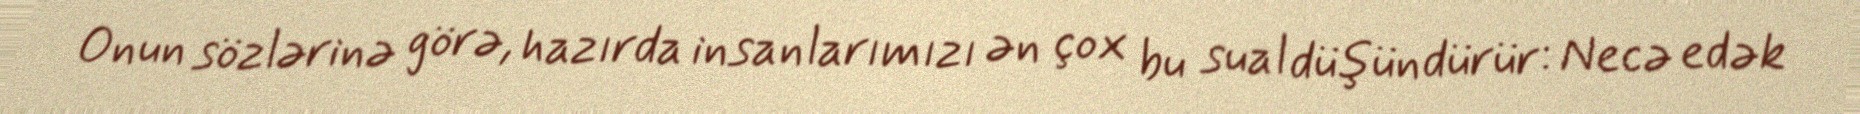
Onun sözlərinə görə, hazırda insanlarımızı ən çox bu sual düşündürür: Necə edək